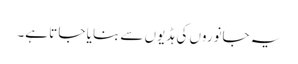
یہ جانوروں کی ہڈیوں سے بنا یا جا تا ہے۔